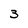
Character: 3